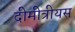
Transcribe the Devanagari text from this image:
दीमीत्रीयस